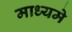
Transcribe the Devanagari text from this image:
माध्‍यमे